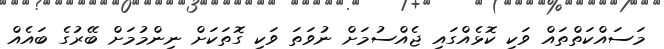
މަސައްކަތްތައް ވަކި ކޮޅެއްގައި ޖެއްސުމަށް ނުވަތަ ވަކި ގޮތަކަށް ނިންމުމަށް ބޭރުގެ ބައެއް